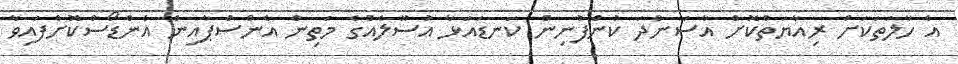
އެ ހާލަތަކަށް ރިއާޔަތްކޮށް އާސަންދަ ކުންފުނިން ކަނޑައަޅާ އުސޫލެއްގެ މަތިން އެންސްޕާއިން އެންޑޯސްކޮށްފައިވާ